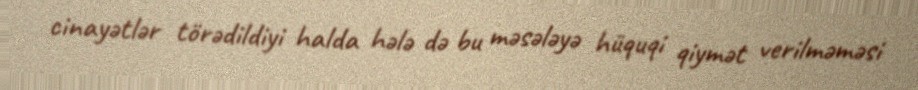
cinayətlər törədildiyi halda hələ də bu məsələyə hüquqi qiymət verilməməsi